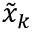
\tilde { x } _ { k }